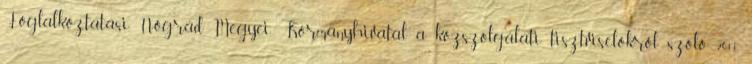
Foglalkoztatási, Nógrád Megyei Kormányhivatal a közszolgálati tisztviselőkről szóló 2011.